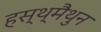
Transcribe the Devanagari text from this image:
हस्थ्मैथुन